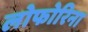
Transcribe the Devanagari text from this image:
लोफोरिना